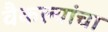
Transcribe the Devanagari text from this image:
वैकल्यांचा